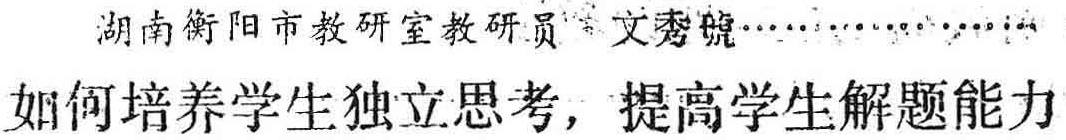
湖南衡阳市教研室教研员 文秀琥

如何培养学生独立思考，提高学生解题能力